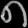
Digit: ၈